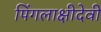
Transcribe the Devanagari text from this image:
पिंगलाक्षीदेवी